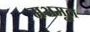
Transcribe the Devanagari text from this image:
मअमूल